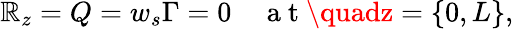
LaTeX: \mathbb{R}_{z}=Q=w_{s}\Gamma=0\quad\mathrm{{~a~t~}}\quadz=\{ 0,L\} ,